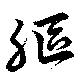
躯